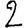
Digit: 2